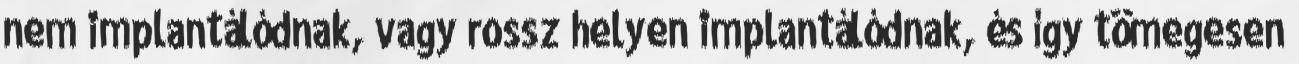
nem implantálódnak, vagy rossz helyen implantálódnak, és így tömegesen